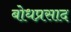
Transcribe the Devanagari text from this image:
बोधप्रसाद